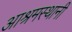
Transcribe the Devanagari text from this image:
आश्रमस्थानी